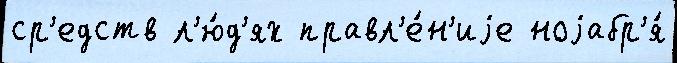
ср'едств л'ю́д'ях правл'е́н'иjе ноjабр'я́